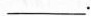
___.